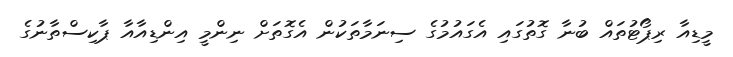
މީޑިއާ ރިޕޯޓުތައް ބުނާ ގޮތުގައި އެގައުމުގެ ސިނަމާތަކުން އެގޮތަށް ނިންމީ އިންޑިއާއާ ޕާކިސްތާނުގެ